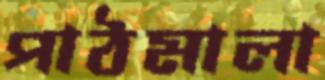
পাঠমালা